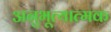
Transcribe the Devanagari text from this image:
अनुभूत्यात्मक